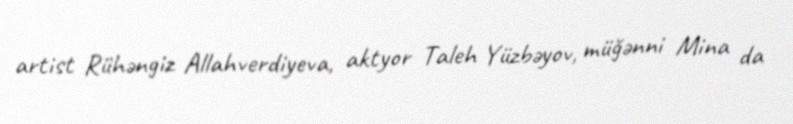
artist Rühəngiz Allahverdiyeva, aktyor Taleh Yüzbəyov, müğənni Mina da